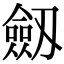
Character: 劔